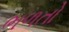
ભળતો